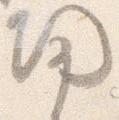
帰